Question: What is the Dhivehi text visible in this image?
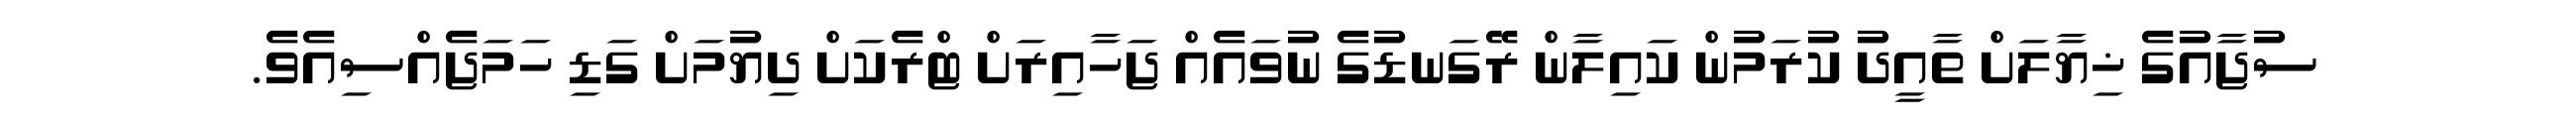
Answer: ސުޖާއުގެ ޚިޔާލަށް ތާއީދު ކުރަމުން ކައިލާން ރޭގަނޑުގެ ނުވައެއް ޖަހާއިރަށް ޓްރެކަށް ދިޔުމަށް ގަޑި ހަމަޖެއްސިއެވެ.